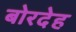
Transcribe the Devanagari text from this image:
बोरदेह